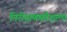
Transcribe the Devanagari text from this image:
निरीक्षणकौशल्य